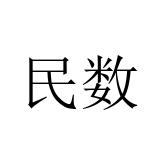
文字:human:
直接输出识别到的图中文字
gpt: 民数